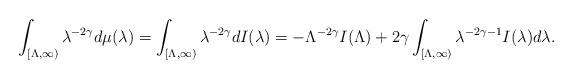
LaTeX: \begin{align*}\int_{[\Lambda, \infty)}\lambda^{-2 \gamma}d\mu(\lambda)=\int_{[\Lambda, \infty)}\lambda^{-2 \gamma}d I(\lambda)=-\Lambda^{-2 \gamma} I(\Lambda) +2 \gamma\int_{[\Lambda, \infty)}\lambda^{-2 \gamma - 1}I(\lambda)d \lambda.\end{align*}